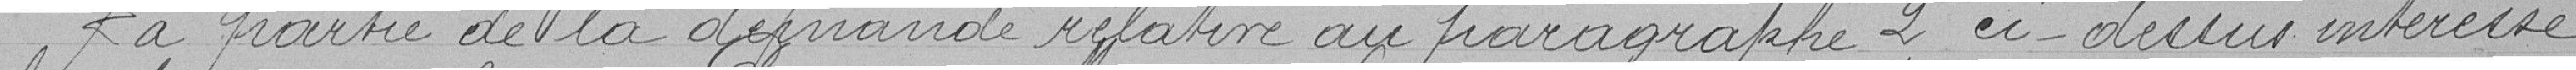
La partie de la demande relative au paragraphe 2 ci-dessus intéresse